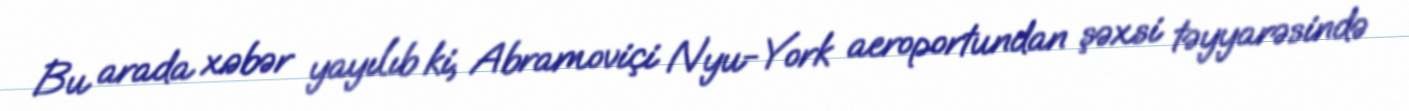
Bu arada xəbər yayılıb ki, Abramoviçi Nyu-York aeroportundan şəxsi təyyarəsində